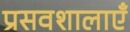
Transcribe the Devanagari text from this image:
प्रसवशालाएँ